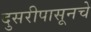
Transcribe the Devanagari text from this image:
दुसरीपासूनचे